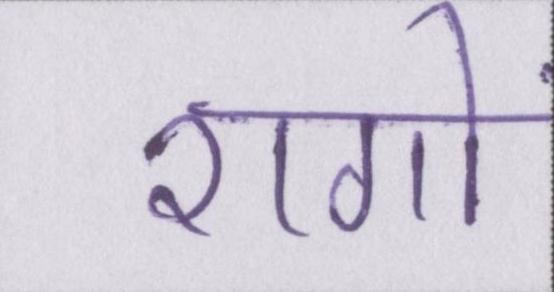
रागों